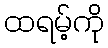
ထရမ့်ကို